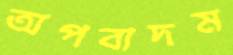
অপবাদম